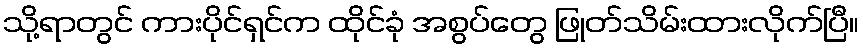
သို့ရာတွင် ကားပိုင်ရှင်က ထိုင်ခုံ အစွပ်တွေ ဖြုတ်သိမ်းထားလိုက်ပြီ။